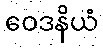
ဝေဒနိယံ